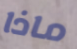
ماذا